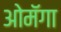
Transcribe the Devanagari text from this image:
ओमॅगा